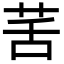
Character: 䒷